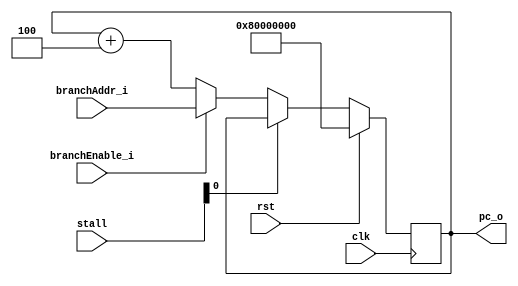
module pc(
    input wire clk,
    input wire rst,
    input wire branchEnable_i,
    input wire [31:0] branchAddr_i,
    input wire [5:0] stall,
    
    output reg [31:0] pc_o
    //output reg [3:0] ramOp_o
    );
    
    always @ (posedge clk) begin
        if(rst == 1'b1) begin
            pc_o <= 32'h80000000;
        end else if(stall[0] == 1'b0) begin
            if(branchEnable_i == 1'b1) begin
                pc_o <= branchAddr_i;
                
            end else begin
                pc_o <= pc_o + 4'h4;
                
            end
        end 
    end
 endmodule